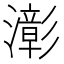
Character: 𤁀